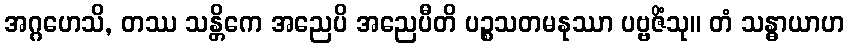
အဂ္ဂဟေသိ, တဿ သန္တိကေ အညေပိ အညေပီတိ ပဉ္စသတမနုဿာ ပဗ္ဗဇိံသု။ တံ သန္ဓာယာဟ